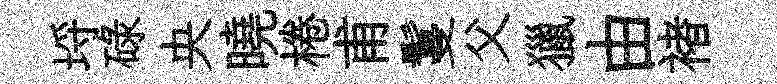
埓碌央曉棬甫鬘父獵由褚